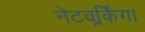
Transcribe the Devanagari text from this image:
नेटवर्र्किंग।